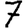
Digit: 7